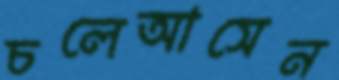
চলেআসেন